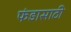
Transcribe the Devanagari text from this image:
फंडासाठी